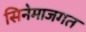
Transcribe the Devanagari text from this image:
सिनेमाजगत